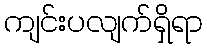
ကျင်းပလျက်ရှိရာ